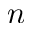
n